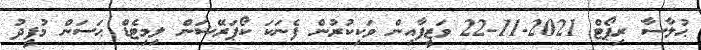
ޙުލާސާ ރިޕޯޓް 2021-11-22 ވަޒީފާއިން ވަކިކުރުން ފެނަކަ ކޯޕަރޭޝަން ލިމިޓެޑް ޙަސަން މުފީދު